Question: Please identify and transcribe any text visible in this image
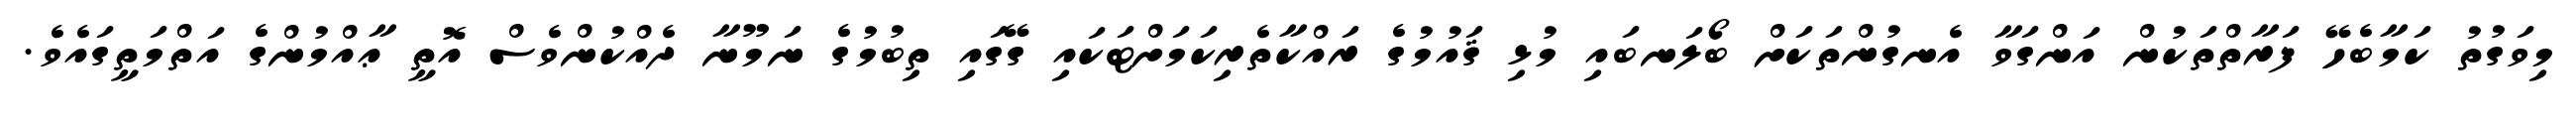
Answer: މިވަގުތު ކަމާބެހޭ ފަރާތްތަކުން އަންގަވާ އެނގުންތަކަށް ބޯލަނބައި މުޅި ޤައުމުގެ ރައްކާތެރިކަމަށްޓަކައި ގޭގައި ތިބުމުގެ ނަމޫނާ ދެއްކުންވެސް އޮތީ ޢާއްމުންގެ އަތްމަތީގައެވެ.